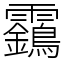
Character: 靎